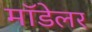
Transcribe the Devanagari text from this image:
मॉडेलर